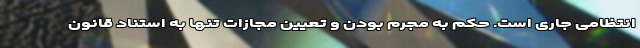
انتظامی جاری است. حکم به مجرم بودن و تعیین مجازات تنها به استناد قانون